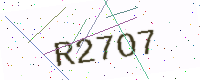
Text: R27O7